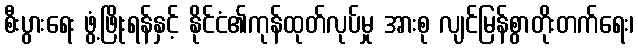
စီးပွားရေး ဖွံ့ဖြိုးရန်နှင့် နိုင်ငံ၏ကုန်ထုတ်လုပ်မှု အားစု လျင်မြန်စွာတိုးတက်ရေး၊